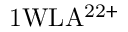
\mathrm { 1 W L A ^ { 2 2 + } }